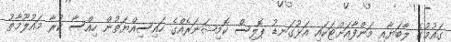
ގައުމުގެ ލާބަޔާއި މަންފާއަށްޓަކައި އަޅުގަނޑު ޕޮލިސް ކޮމިޝަނަރެއްގެ ހައިސިއްޔަތުން ހިއްސާ ކުރާ މައުލޫމާތު